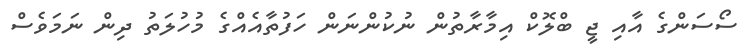
ސޯސަންގެ އާއި ޖީ ބްލޮކް އިމާރާތުން ނުކުންނަން ހަފުތާއެއްގެ މުހުލަތު ދިން ނަމަވެސް